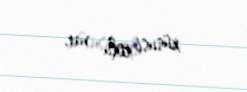
xüsusi rolu var.